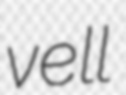
vell